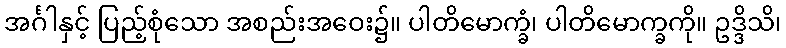
အင်္ဂါနှင့် ပြည့်စုံသော အစည်းအဝေး၌။ ပါတိမောက္ခံ၊ ပါတိမောက္ခကို။ ဥဒ္ဒိသိ၊